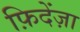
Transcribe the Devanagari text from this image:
फ़िदेंज़ा